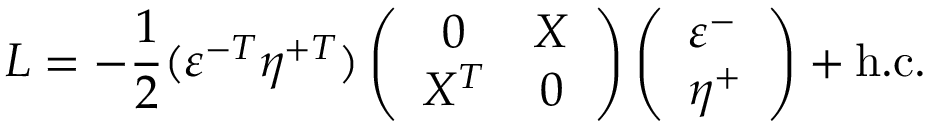
{ \cal { L } } = - \frac { 1 } { 2 } ( \varepsilon ^ { - T } \eta ^ { + T } ) \left( \begin{array} { c c } { { 0 } } & { { X } } \\ { { X ^ { T } } } & { { 0 } } \end{array} \right) \left( \begin{array} { l } { { \varepsilon ^ { - } } } \\ { { \eta ^ { + } } } \end{array} \right) + \mathrm { h . c . }